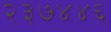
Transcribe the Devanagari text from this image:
२३७४४६